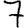
Digit: 7